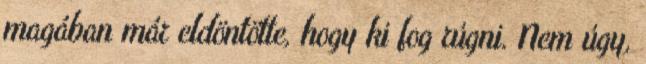
magában már eldöntötte, hogy ki fog rúgni. Nem úgy,